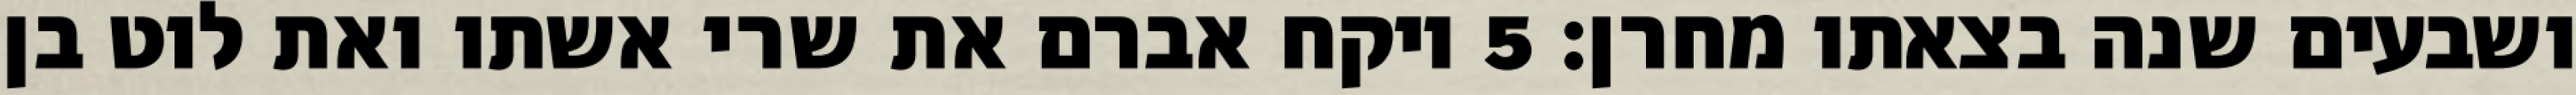
ושבעים שנה בצאתו מחרן׃ ‎5‏ ויקח אברם את שרי אשתו ואת לוט בן